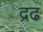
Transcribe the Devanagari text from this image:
द्रढ